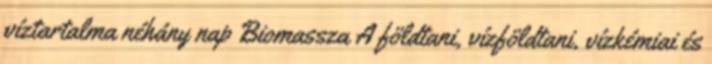
víztartalma néhány nap Biomassza A földtani, vízföldtani, vízkémiai és